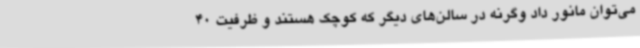
می‌توان مانور داد وگرنه در سالن‌های دیگر که کوچک هستند و ظرفیت 40